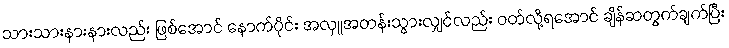
သားသားနားနားလည်း ဖြစ်အောင် နောက်ပိုင်း အလှူအတန်းသွားလျှင်လည်း ဝတ်လို့ရအောင် ချိန်ဆတွက်ချက်ပြီး